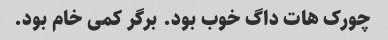
چورک هات داگ خوب بود. برگر کمی خام بود.